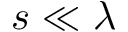
s \ll \lambda